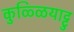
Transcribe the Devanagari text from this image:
कुळ्ळियाट्टु